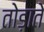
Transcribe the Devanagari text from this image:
तोड़ाते